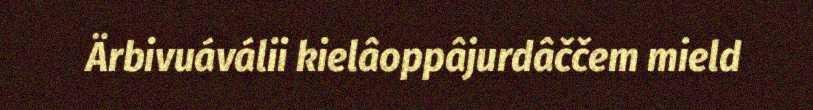
Ärbivuáválii kielâoppâjurdâččem mield